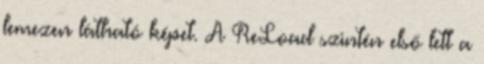
lemezen látható képet. A ReLoad szintén első lett a